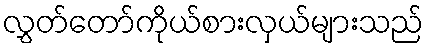
လွှတ်တော်ကိုယ်စားလှယ်များသည်